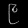
Digit: ၉